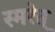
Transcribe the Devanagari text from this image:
स्मरेत्